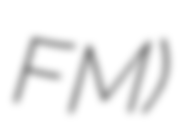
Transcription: FM)